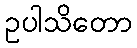
ဥပါသိတော